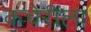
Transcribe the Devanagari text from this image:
कचेरीला